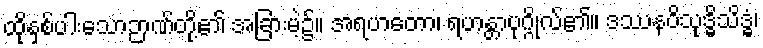
ထိုနှစ်ပါးသောဉာဏ်တို့၏ အခြားမဲ့၌။ အရဟတော၊ ရဟန္တာပုဂ္ဂိုလ်၏။ ဒဿနဝိသုဒ္ဓိသိဒ္ဓံ၊